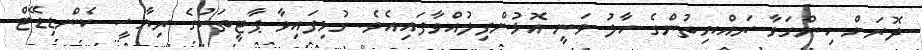
ދޮރަށް ހިންގަވާ ރައްޔިތުންގެ ހާލު ވަނީ އޮޅުންފިލުއްވާފައިއެވެ. ގުޅިފައިވާ ޕާޓީތަކުގެ ރިޔާސީ ކެންޑިޑޭޓް